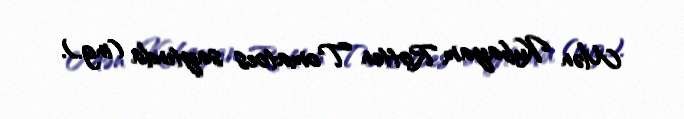
Mən Kubayam Rotten Tomatoes saytında (ing.).